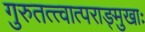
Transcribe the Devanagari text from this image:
गुरुतत्त्वात्पराङ्मुखाः